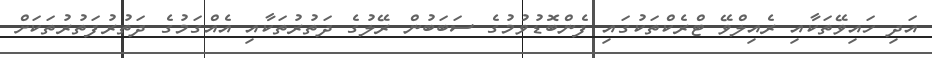
އަދި ހައިވޭތަކާއި ރެއިލްވޭ ޓްރެކްތަކުގައި ފެންބޮޑުވުމުގެ ސަބަބުން ރޭލުގެ ދަތުރުތަކާއި އެއްގަމުގެ ދަތުރުފަތުރުތަކަށް